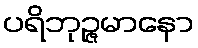
ပရိဘုဉ္ဇမာနော